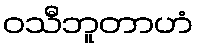
ဝသီဘူတာဟံ